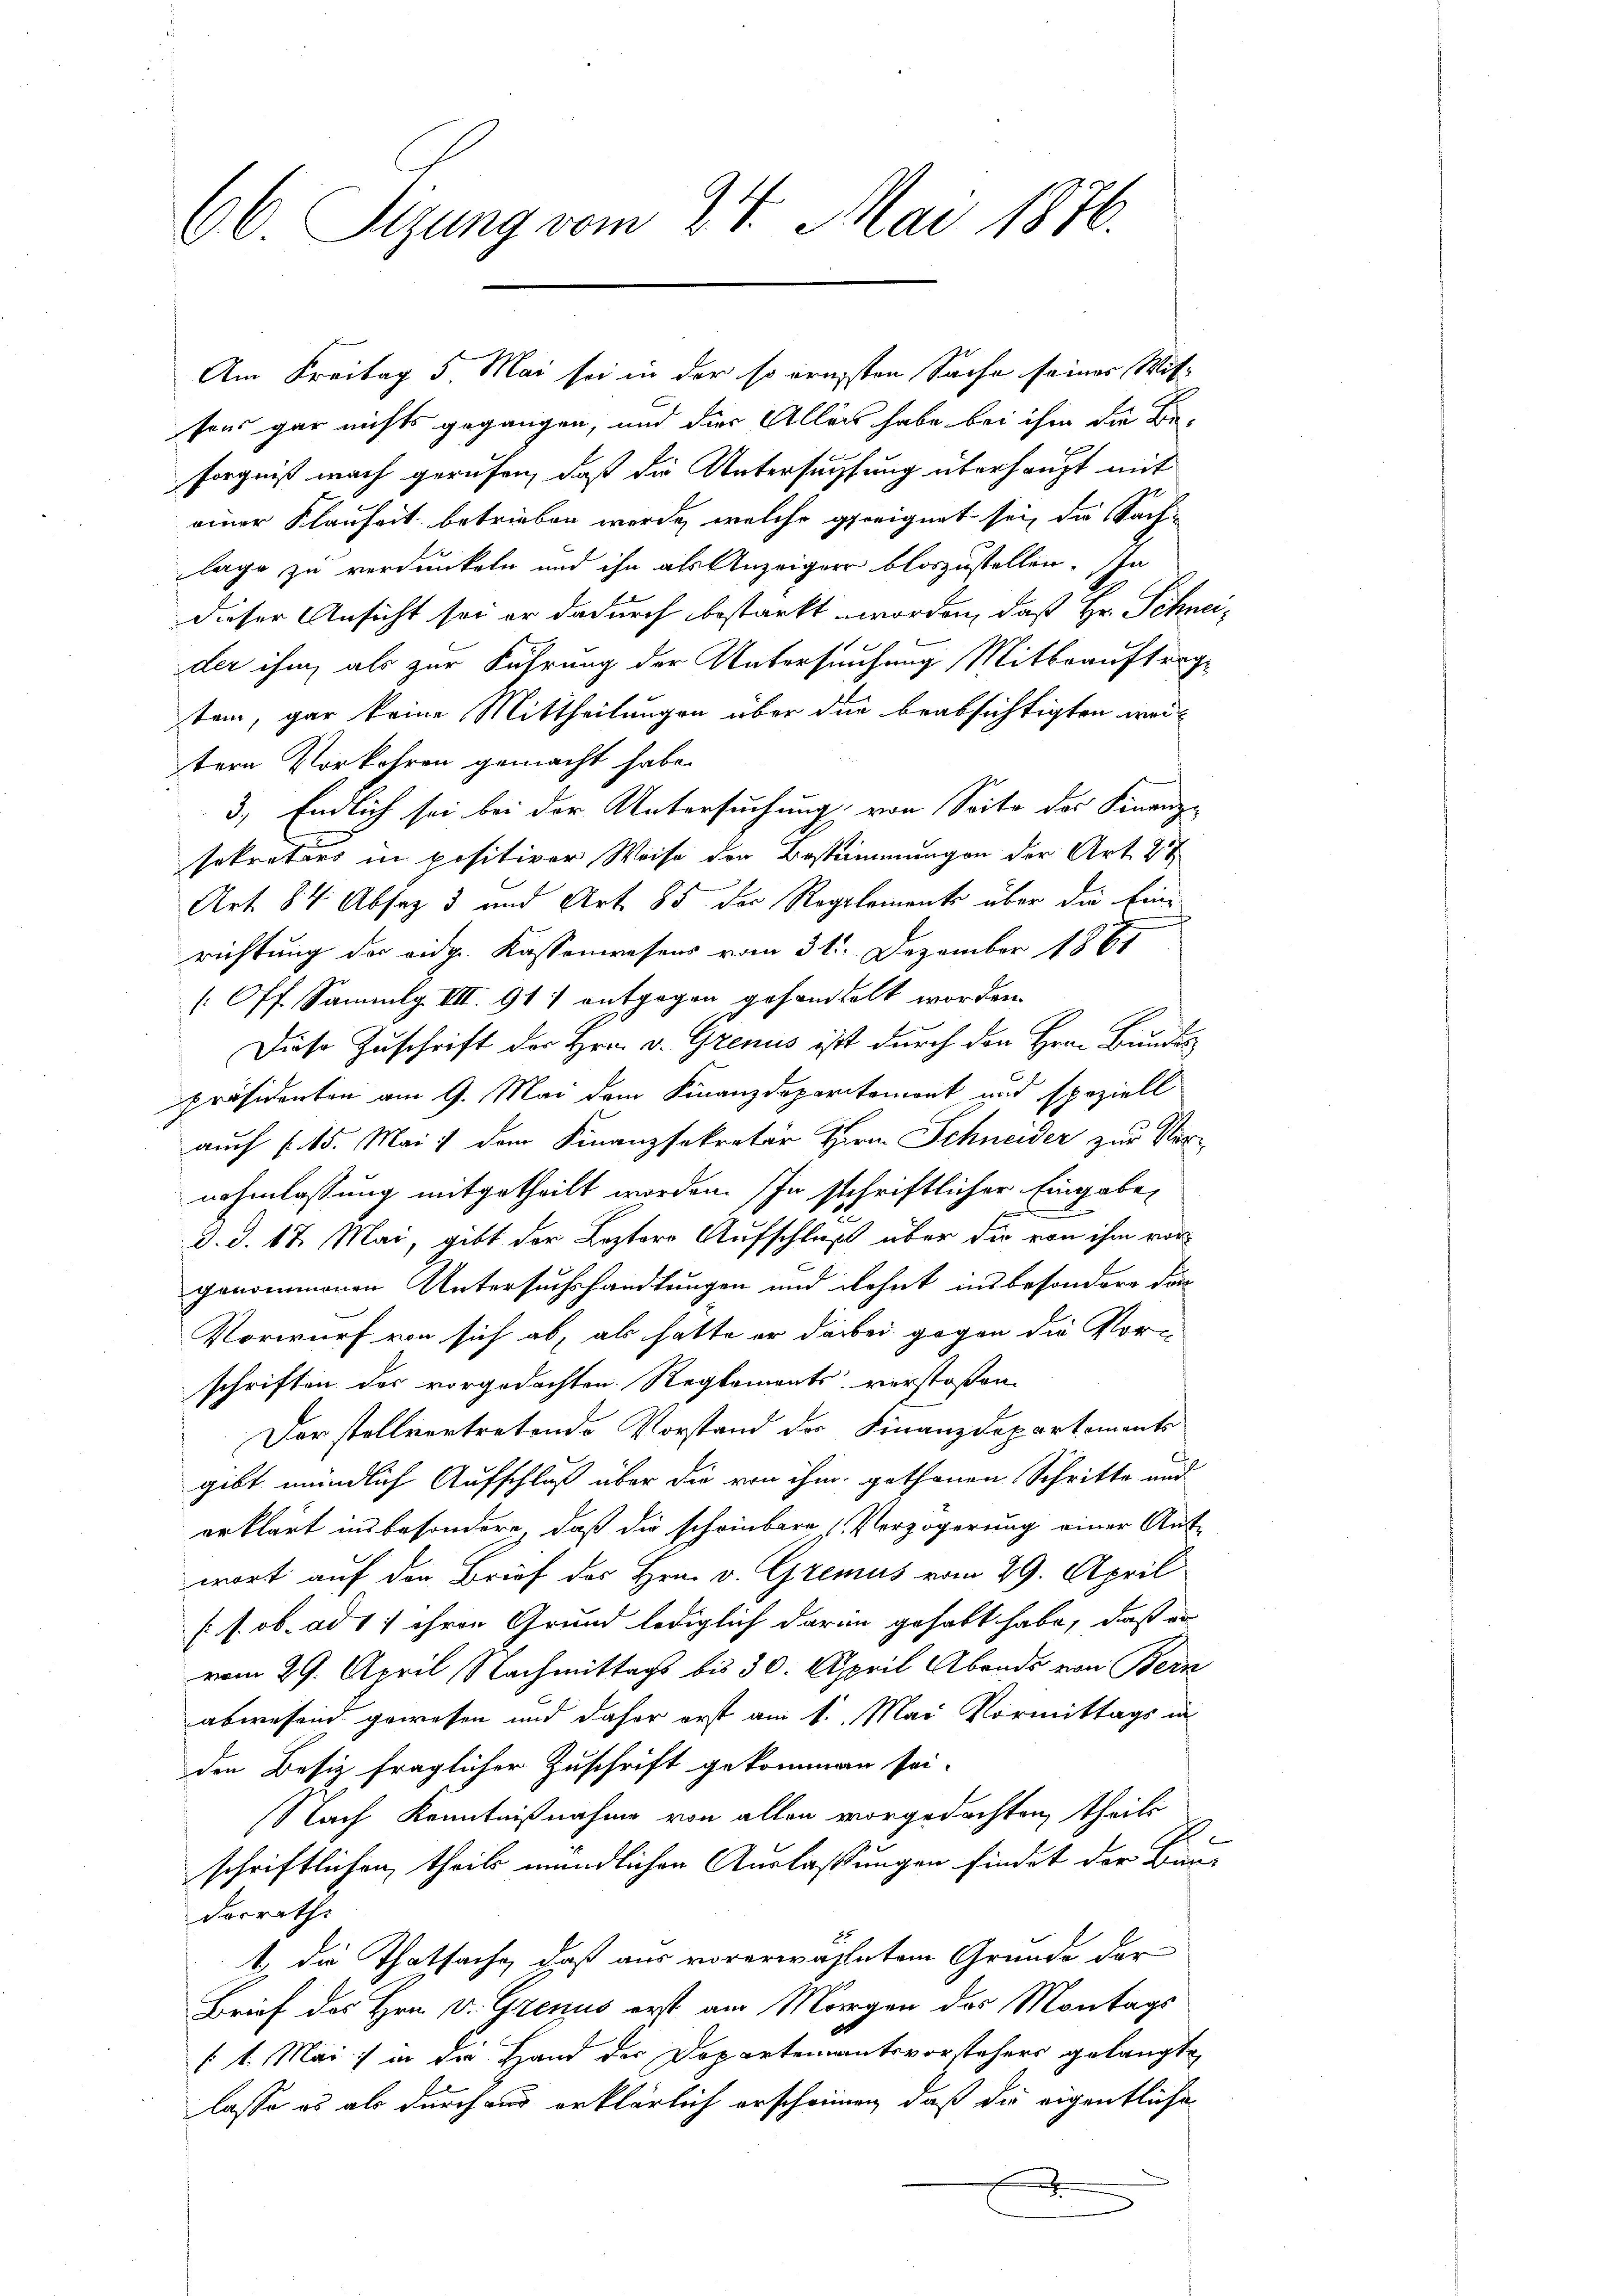
66 Sizung vom 24. Mai 1876.

sens gar nichts gegangen, und die Allers habe bei ihm die Be-
sorgniß nach gerufen, daß die Untersuchtung überhaupt mit
einer Klauheit betrieben werde, welche geeignet sei, die Sachlage zu verdunkeln und ihn als Anzeiger bloszustellen. In
dieser Ansicht sei er dadurch bestarkt worden, daß Hr. Schneider ihm, als zur Führung der Untersuchung Mitbeauftrag
tem, gar keine Mittheilungen über die beabsichtigten weitern Vorkehren gemacht habe.
3.) Endlich sei bei der Untersuchung, von Seite des Finanz-
sekretärs in positiver Weise der Bestimmungen der Art. 27
Art. 84 Absaz 3 und Art. 85 der Regalements über die Einrichtung der eidg. Kassenwesens vom 31. Dezember 1867
[Off Sammlg. III. 911 entgegen gesandtelt worden.
Diese Zuschrift der Hrn. v. Grenus ist durch den Hrn. Bundes
präsidenten am 9. Mai dem Finanzdepartemont und speziell
auch f 15. Mai dem Finanzsekretär Herr Schneider zur Ver
nahmlassung mitgetheilt worden. Ihn schriftlicher Eingabe
d. d. 17. Mai, gibt der Leztere Aufschluß über die von ihm vorgenommenen Untersuchshandlungen und dehnt insbesondere dar-
Vorwurf von sich ab, als hätte er dabei gegen die Vor-
schriften das vorgedachten Reglements verstoßen
Der stellvertretende Vorstand der Finanzdepartements
gibt mündlich Aufschluß über die von ihm gethanen Schritte und
erklärt in besondere, daß die scheinbare „Verzögerung einer Ant-
wort auf den Brief des Hrn. v. Gremus vom 29. April
(s. ob. ad 1. ihren Grund lediglich darin gehabt habe, daß er
vom 29. April Nachmittags bis 30. April Abends von Bern
abwesend gewesen und daher erst am 1. Mai Vormittags in
den Besiz fraglicher Zuschrift gekommen sei.
Nach Kenntnißnahme von allen vorgedachten, theils
schriftlichen, theils mündlichen Auslassungen findet der Bur-
dorrathe
b. die Thatsache, daß aus vorerwähletem Grunde der
Brief des Hrn. v. Grenus erst am Morgen des Montags
st. Mai in die Hand der Departementsvorstehers gelangte
lasse es als durchaus erklärlich erscheinen, daß die eigentliche
.

Am Freitag 5 Mai sei in der so origsten Sache seines Mit-